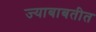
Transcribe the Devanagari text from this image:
ज्याबाबतीत